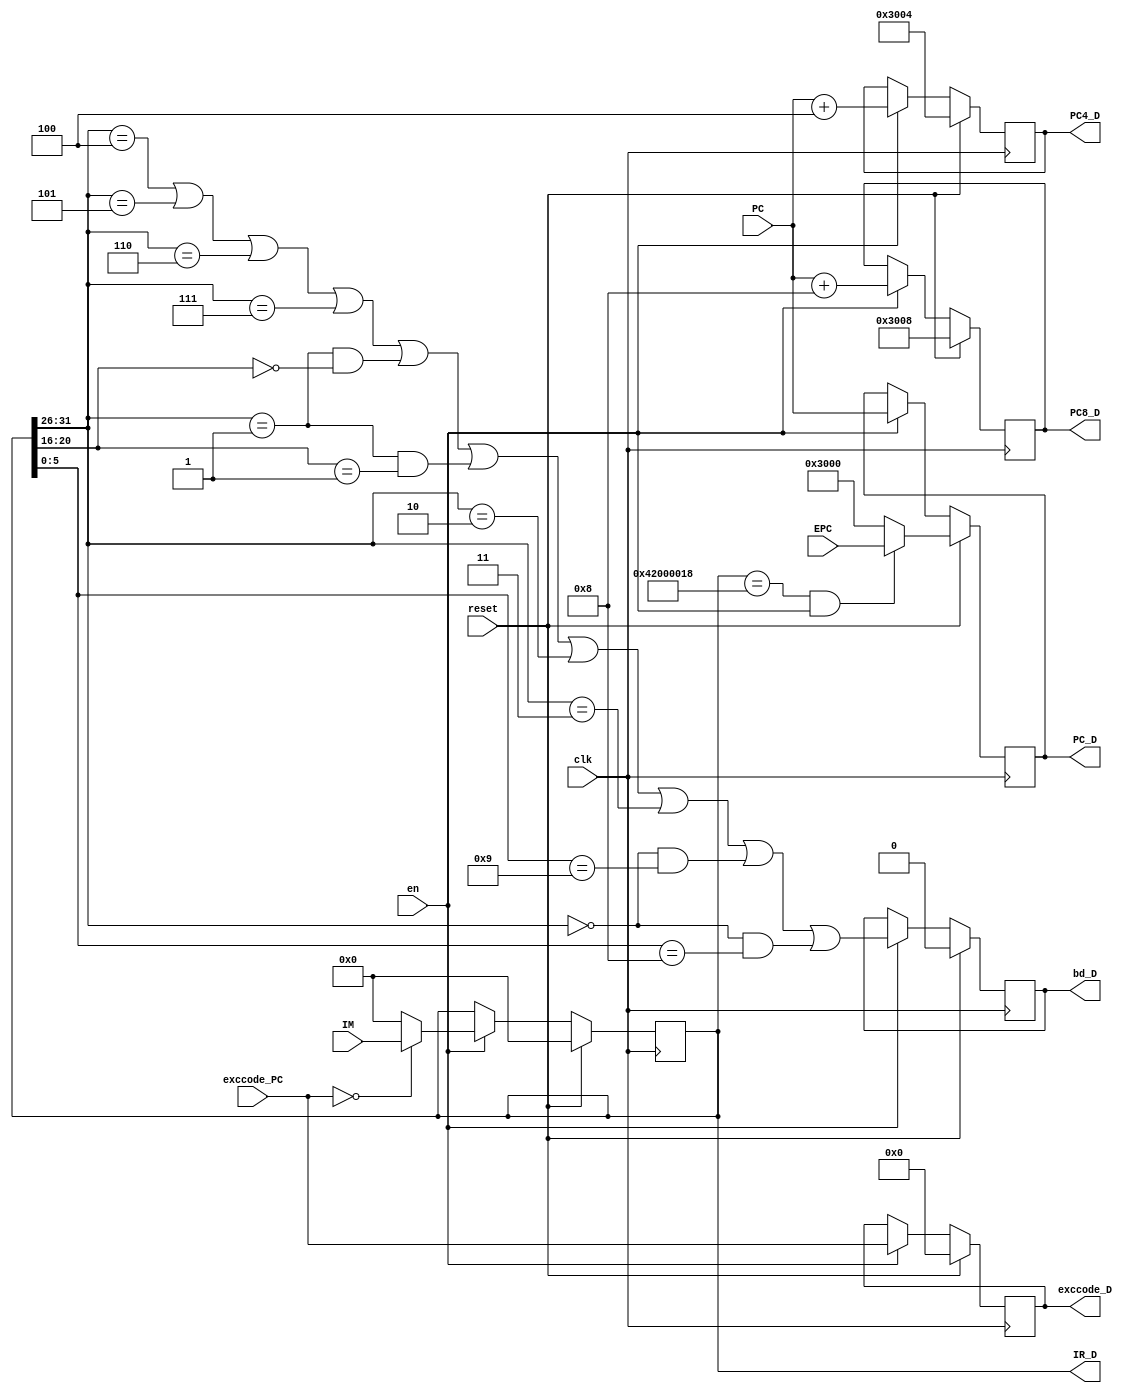
`timescale 1ns / 1ps
//////////////////////////////////////////////////////////////////////////////////
// Company: 
// Engineer: 
// 
// Design Name: 
// Module Name:    FDreg 
// Project Name: 
// Target Devices: 
// Tool versions: 
// Description: 
//
// Dependencies: 
//
// Revision: 
// Revision 0.01 - File Created
// Additional Comments: 
//
//////////////////////////////////////////////////////////////////////////////////
module FDreg(
	input clk,
	input reset,
	input en,
	input [31:0] PC,
	input [31:0] IM,
	input [4:0] exccode_PC,
	input [31:0] EPC,
    output reg [31:0] IR_D,
	output reg [31:0] PC_D,
	output reg [31:0] PC4_D,
	output reg [31:0] PC8_D,
	output reg [4:0] exccode_D,
	output reg bd_D
    );

	initial begin
		IR_D = 32'h00000000;
		PC_D = 32'h00003000;
		PC4_D = 32'h00003004;
		PC8_D = 32'h00003008;
		exccode_D = 5'b00000;
		bd_D = 1'b0;
	end
	
	wire BD;
	assign BD = (IR_D[31:26]==6'b000100) ||
				(IR_D[31:26]==6'b000101) ||
				(IR_D[31:26]==6'b000110) ||
				(IR_D[31:26]==6'b000111) ||
				(IR_D[31:26]==6'b000001&&IR_D[20:16]==5'b00000) ||
				(IR_D[31:26]==6'b000001&&IR_D[20:16]==5'b00001) ||
				(IR_D[31:26]==6'b000010) ||
				(IR_D[31:26]==6'b000011) ||
				(IR_D[31:26]==6'b000000&&IR_D[5:0]==6'b001001) ||
				(IR_D[31:26]==6'b000000&&IR_D[5:0]==6'b001000) ;
	
	always @ ( posedge clk ) begin
		if (reset == 1) begin
			IR_D <= 32'h00000000;
			if (IR_D==32'h42000018&&en) begin
				PC_D <= EPC;
			end
			else begin
				PC_D <= 32'h00003000;
			end
			PC4_D <= 32'h00003004;
			PC8_D <= 32'h00003008;
			exccode_D <= 5'b00000;
			bd_D <= 1'b0;
		end
		else if (en==1) begin
			IR_D <= (exccode_PC==5'b00000) ? IM : 32'h00000000;
			PC_D <= PC;
			PC4_D <= PC + 4;
			PC8_D <= PC + 8;
			exccode_D <= exccode_PC;
			bd_D <= BD;
		end
	end

endmodule